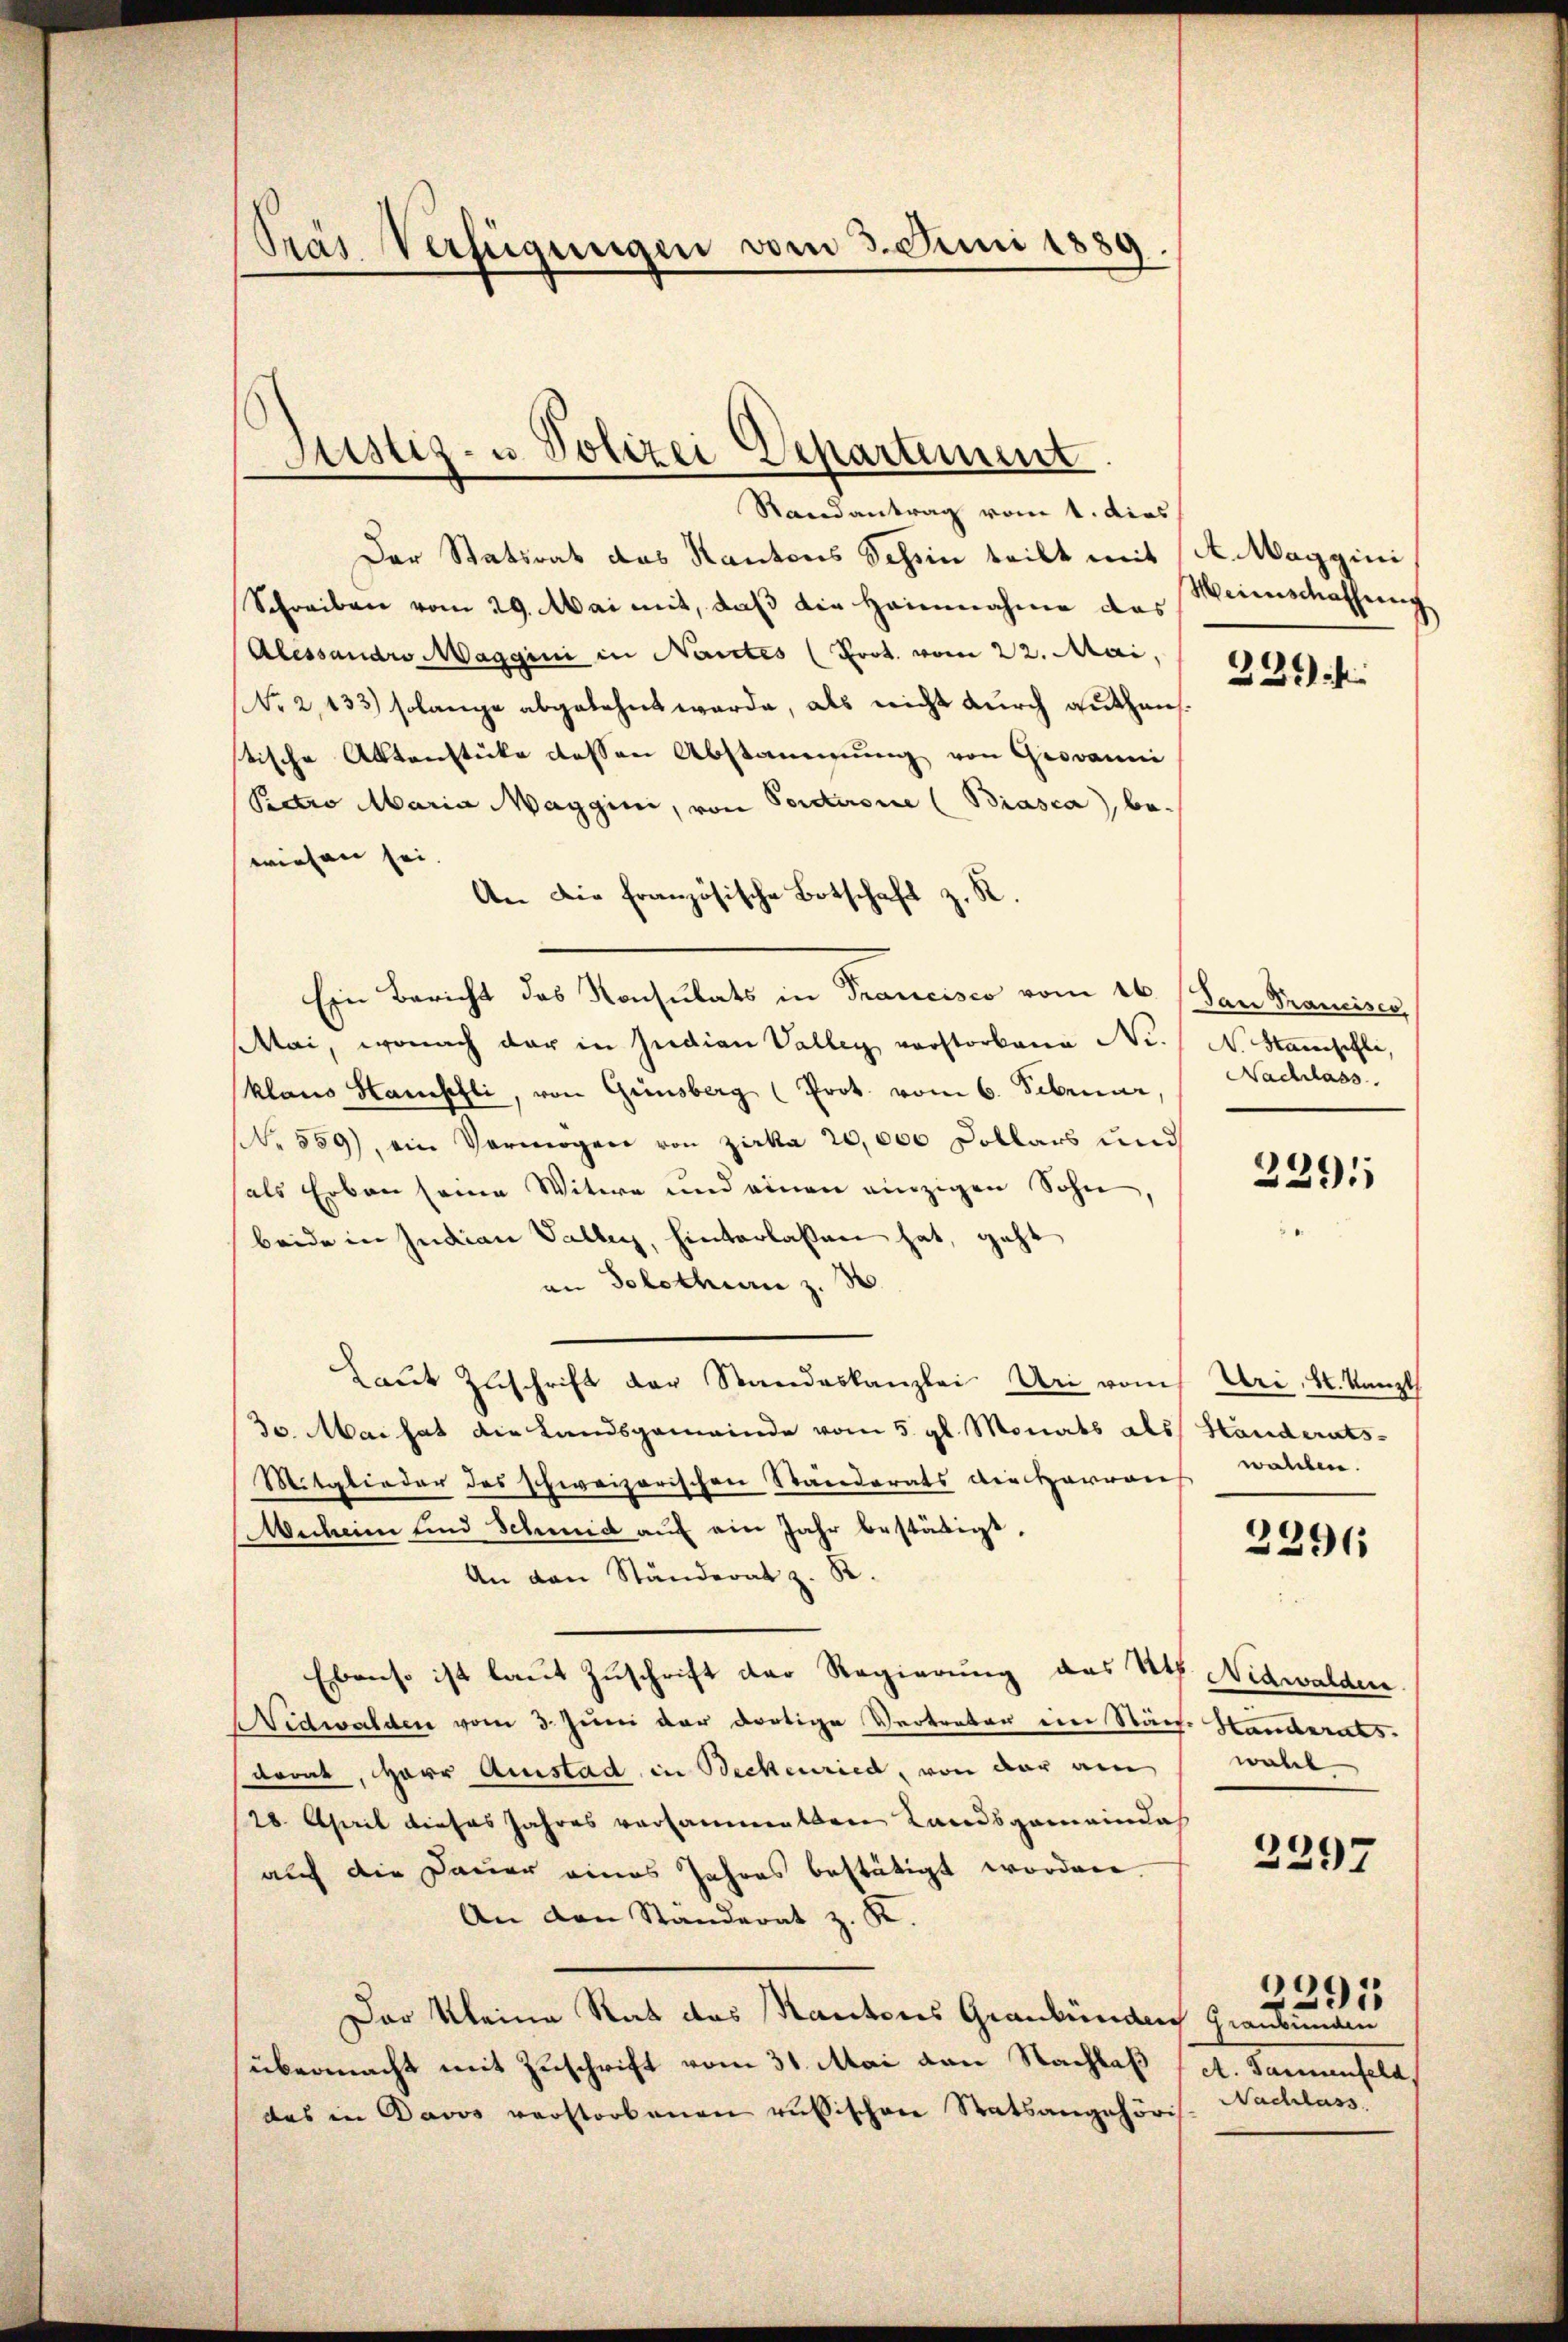
Prás Verfügungen vom 3. Juni 1889.

Justiz- u. Polizei Departement

Randantrag vom 1. dies
Der Statsrat das Kantons Schein teilt mit K. Maggini
Schreiben vom 29. Mai mit, daß die Heinnahme des Weinschaffung
(Alessandro Maggini in Nantes (Prot. vom 22. Mai,
No 2,133) solange abgelehnt werde, als nicht durch guthaustische Aktenstücke dessen Abstammung von Giovanni
Pectro Maria Maggini, von Porderone (Biasca, bewiesen sei.
An die französische Botschaft z. R.
Ein Bericht das Konsulats in Francisco vom 16. (San Franciser,
Mai, wonach der in Judian Vallen vorstorbene Nr. (N. Stamschli,
klano Stampfli, von Ginsberg (Prot. vom 6. Februar,
N. 559), ein Vermögen von Zirka 20,000 Dollars und
als Erben seine Witwe und einen einzigen Sohn
beide in Judian Valley, hinterlassen hat, geht
an Solothurn z. 3.
Laŭt Zŭschrift der Standeskanzlei Uri von Uri, St. Kanzl
30. Mai hat die Landsgemeinde vom 5. gl. Monats als Handerats-
Mitglieder des schweizerischen Ständerats die Harraus
Michen und Schmid auf ein Jahr bestätigt,
An den Ständerat z. B.
Ebenso ist laut Zuschrift der Regierung des St. Nidwalden
Nidwalden vom 3. Juni der dortige Vertreter ein Stäch. Handerats.
dorat, Herr Amstad in Beckenried, von der am
28. April dieses Jahres versammelten Landsgemeindah
auf die Dauer eines Jahres bestätigt worden.
An den Ständerat z. K.
Der Kleine Rat das Kantons Graubünden Graubünden
übermacht mit Zuschrift vom 31. Mai von Nachlaß (lt. Tannenfeld,
das in Davos verstorbenen russischen Statsangehöris. Nachlass

339 f

Nachlass

2291

wallen.

2296

wahl

2297

2291